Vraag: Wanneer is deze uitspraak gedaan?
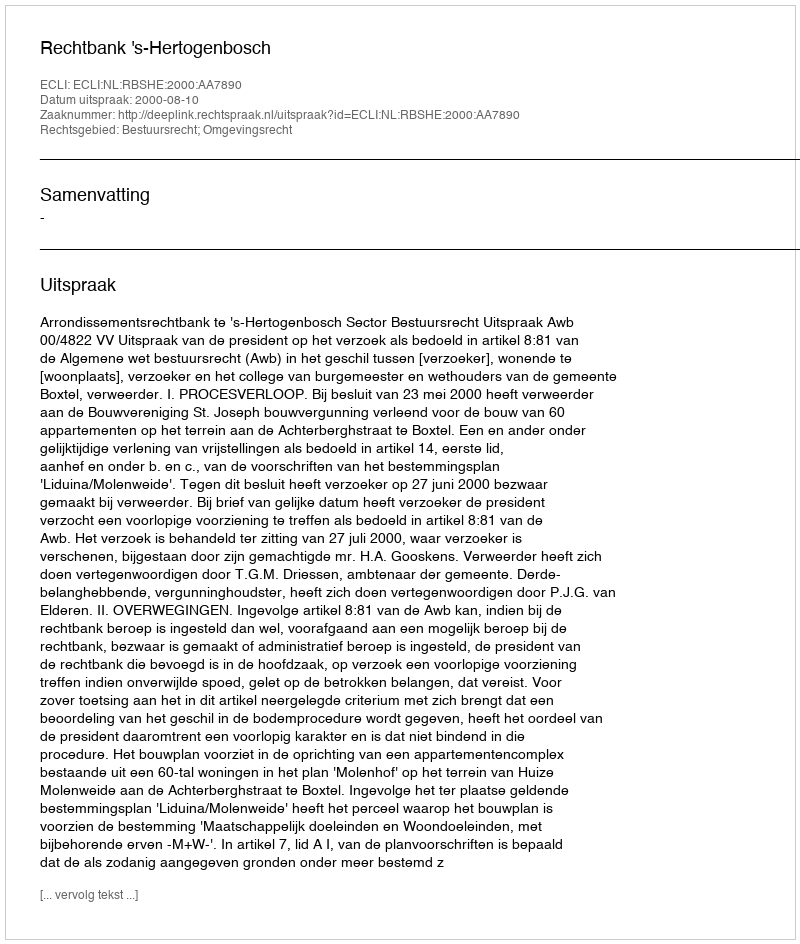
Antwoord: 2000-08-10